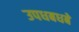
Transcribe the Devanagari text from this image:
उपधबधबे